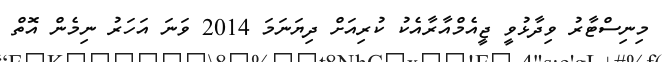
މިނިސްޓާރު ވިދާޅުވީ ޖީއެމްއާރާއެކު ކުރިއަށް ދިޔަނަމަ 2014 ވަނަ އަހަރު ނިމެން އޮތް